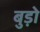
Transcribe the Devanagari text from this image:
बुड़ो